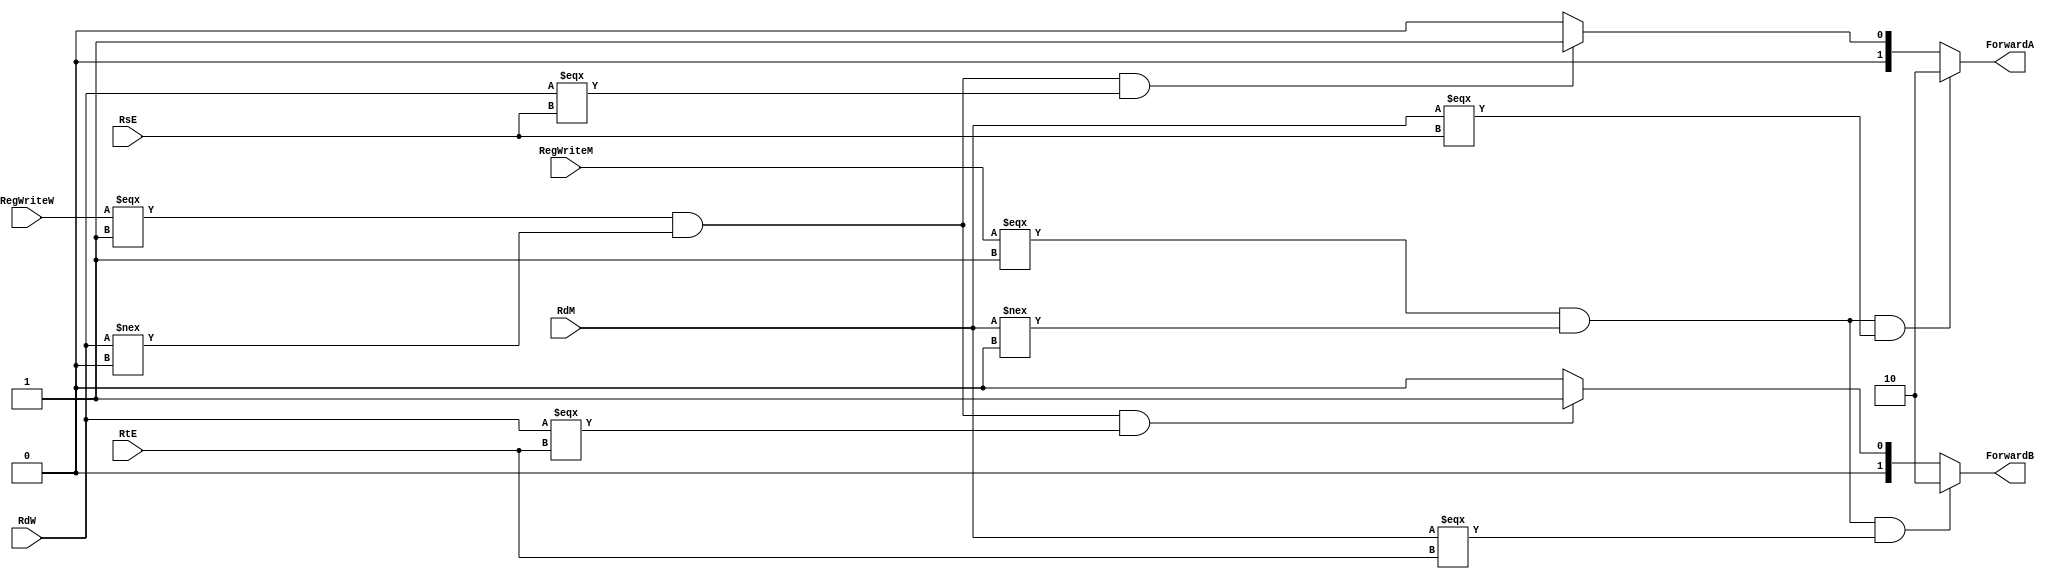
`timescale 1ns / 1ps
//////////////////////////////////////////////////////////////////////////////////
// Company: 
// Engineer: 
// 
// Design Name: 
// Module Name:    ForwardUnit 
// Project Name: 
// Target Devices: 
// Tool versions: 
// Description: 
//
// Dependencies: 
//
// Revision: 
// Revision 0.01 - File Created
// Additional Comments: 
//
//////////////////////////////////////////////////////////////////////////////////
module ForwardUnit(
    input [4:0]RsE,
    input [4:0]RtE,
    input [4:0]RdM,
    input [4:0]RdW,
    input RegWriteM,
    input RegWriteW,
	 //input [4:0]ALUCtrl,
    output [1:0]ForwardA,
    output [1:0]ForwardB
	 //output ForwardImm
    );
	 assign ForwardA = (RegWriteM === 1 && (RdM !== 0) && (RdM === RsE)) ? 2'b10 :
							 (RegWriteW === 1 && (RdW !== 0) && (RdW === RsE)) ? 2'b01 : 
							  2'b00;/*&& ~(RegWriteM === 1 && (RdM !== 0) && (RdM !== RsE))*/ 
	 assign ForwardB = (RegWriteM === 1 && (RdM !== 0) && (RdM === RtE)) ? 2'b10 : 
							 (RegWriteW === 1 && (RdW !== 0) && (RdW === RtE)) ? 2'b01 : 
							  2'b00;/*&& ~(RegWriteM === 1 && (RdM !== 0) && (RdM !== RtE))*/ 
	 //assign ForwardImm = ((ALUCtrl === 5'b00100) || (ALUCtrl === 5'b00101) || (ALUCtrl === 5'b00110)) ? 1 : 0;
endmodule